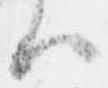
ハ